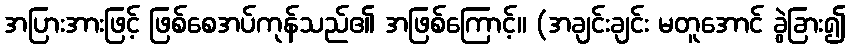
အပြားအားဖြင့် ဖြစ်စေအပ်ကုန်သည်၏ အဖြစ်ကြောင့်။ (အချင်းချင်း မတူအောင် ခွဲခြား၍